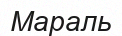
Мараль